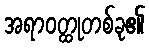
အရာဝတ္ထုတစ်ခု၏